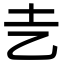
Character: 㐋